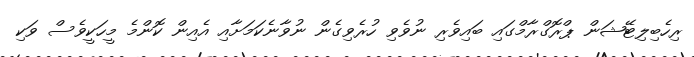
ރިހެބިލިޓޭޝަން ޕްރޮގްރާމްގައި ބައިވެރި ނުވެވި ހުރެވިގެން ނުވާނެކަމަށާއި އެއިން ކޮންމެ މީހަކީވެސް ވަކި